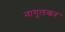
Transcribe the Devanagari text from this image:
नागुलकर